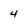
Character: 4